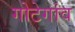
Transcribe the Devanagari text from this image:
गोटेगांव